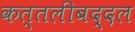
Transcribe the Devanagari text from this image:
कत्तलीबद्दल